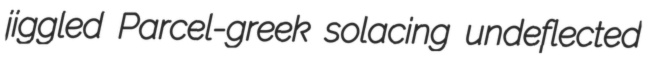
jiggled Parcel-greek solacing undeflected